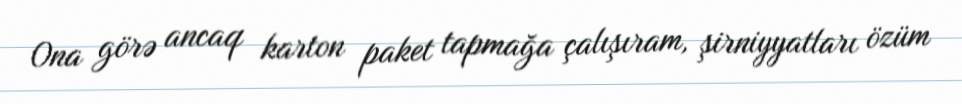
Ona görə ancaq karton paket tapmağa çalışıram, şirniyyatları özüm